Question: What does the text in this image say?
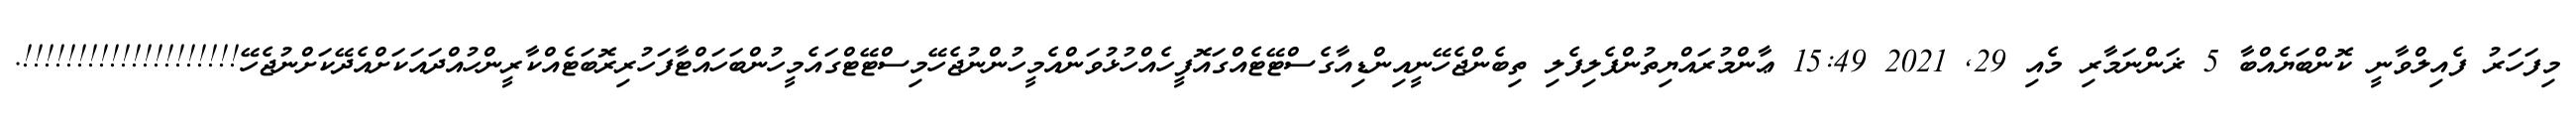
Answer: މިފަހަރު ފެއިލްވާނީ ކޮންބަޔެއްބާ 5 ޜަންނަމާރި މެއި 29, 2021 15:49 ޢާންމުރައްޔިތުންފެލިފެލި ތިބެންޖެހޭނީއިންޑިއާގެސްޓޭޓެއްގައޮފީހެއްހުޅުވަންއެމީހުންނުޖެހޭމިސްޓޭޓްގައެމީހުންބަހައްޓާފަހުރިރޮބަޓެއްކާރީންހުއްދައަކަށްއެދޭކަށްނުޖެހޭ!!!!!!!!!!!!!!!!!!!!.